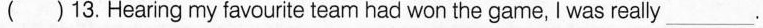
( ) 13.Hearing my favourite team had won the game, I was really ___